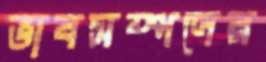
ভাবসম্পদের